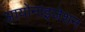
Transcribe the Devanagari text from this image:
आयोनाइजेशन